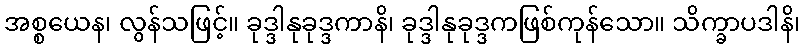
အစ္စယေန၊ လွန်သဖြင့်။ ခုဒ္ဒါနုခုဒ္ဒကာနိ၊ ခုဒ္ဒါနုခုဒ္ဒကဖြစ်ကုန်သော။ သိက္ခာပဒါနိ၊